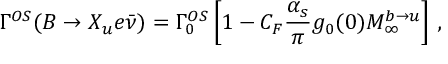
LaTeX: \Gamma ^ { O S } ( B \to X _ { u } e \bar { \nu } ) = \Gamma _ { 0 } ^ { O S } \left[ 1 - C _ { F } \frac { \alpha _ { s } } { \pi } g _ { 0 } ( 0 ) M _ { \infty } ^ { b \to u } \right] \, ,